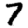
Digit: 7